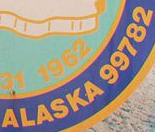
ALASKA 99782